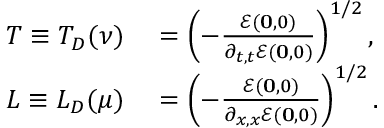
\begin{array} { r l } { T \equiv T _ { D } ( \nu ) } & { { } = \left( - \frac { \mathcal { E } ( \mathbf { 0 } , 0 ) } { \partial _ { t , t } \mathcal { E } ( \mathbf { 0 } , 0 ) } \right) ^ { 1 / 2 } , } \\ { L \equiv L _ { D } ( \mu ) } & { { } = \left( - \frac { \mathcal { E } ( \mathbf { 0 } , 0 ) } { \partial _ { x , x } \mathcal { E } ( \mathbf { 0 } , 0 ) } \right) ^ { 1 / 2 } . } \end{array}